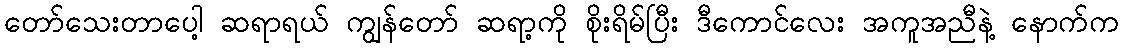
တော်သေးတာပေါ့ ဆရာရယ် ကျွန်တော် ဆရာ့ကို စိုးရိမ်ပြီး ဒီကောင်လေး အကူအညီနဲ့ နောက်က